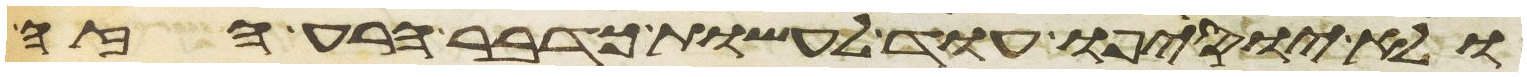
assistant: בקרב עמה ואם